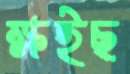
ক্ষইছ